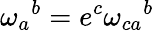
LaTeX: \omega_{a}{}^{b}=e^{c}\omega_{ca}{}^{b}